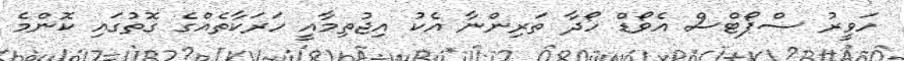
ހަވީރު ސްޕޯޓްސް އެވޯޑް ހޯދާ ތަރިންނާ އެކު އިޖުތިމާއީ ހަރަކާތެއްގެ ގޮތުގައި ކޮންމެ